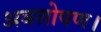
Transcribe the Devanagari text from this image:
अवशोषण।